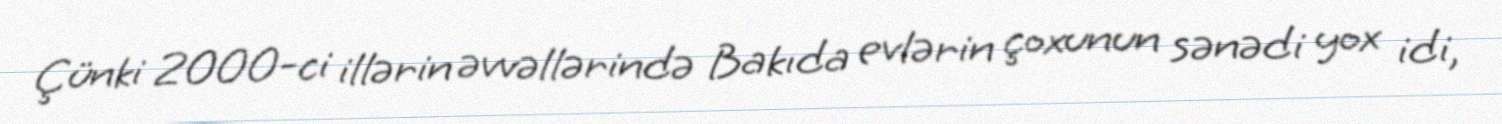
Çünki 2000-ci illərin əvvəllərində Bakıda evlərin çoxunun sənədi yox idi,